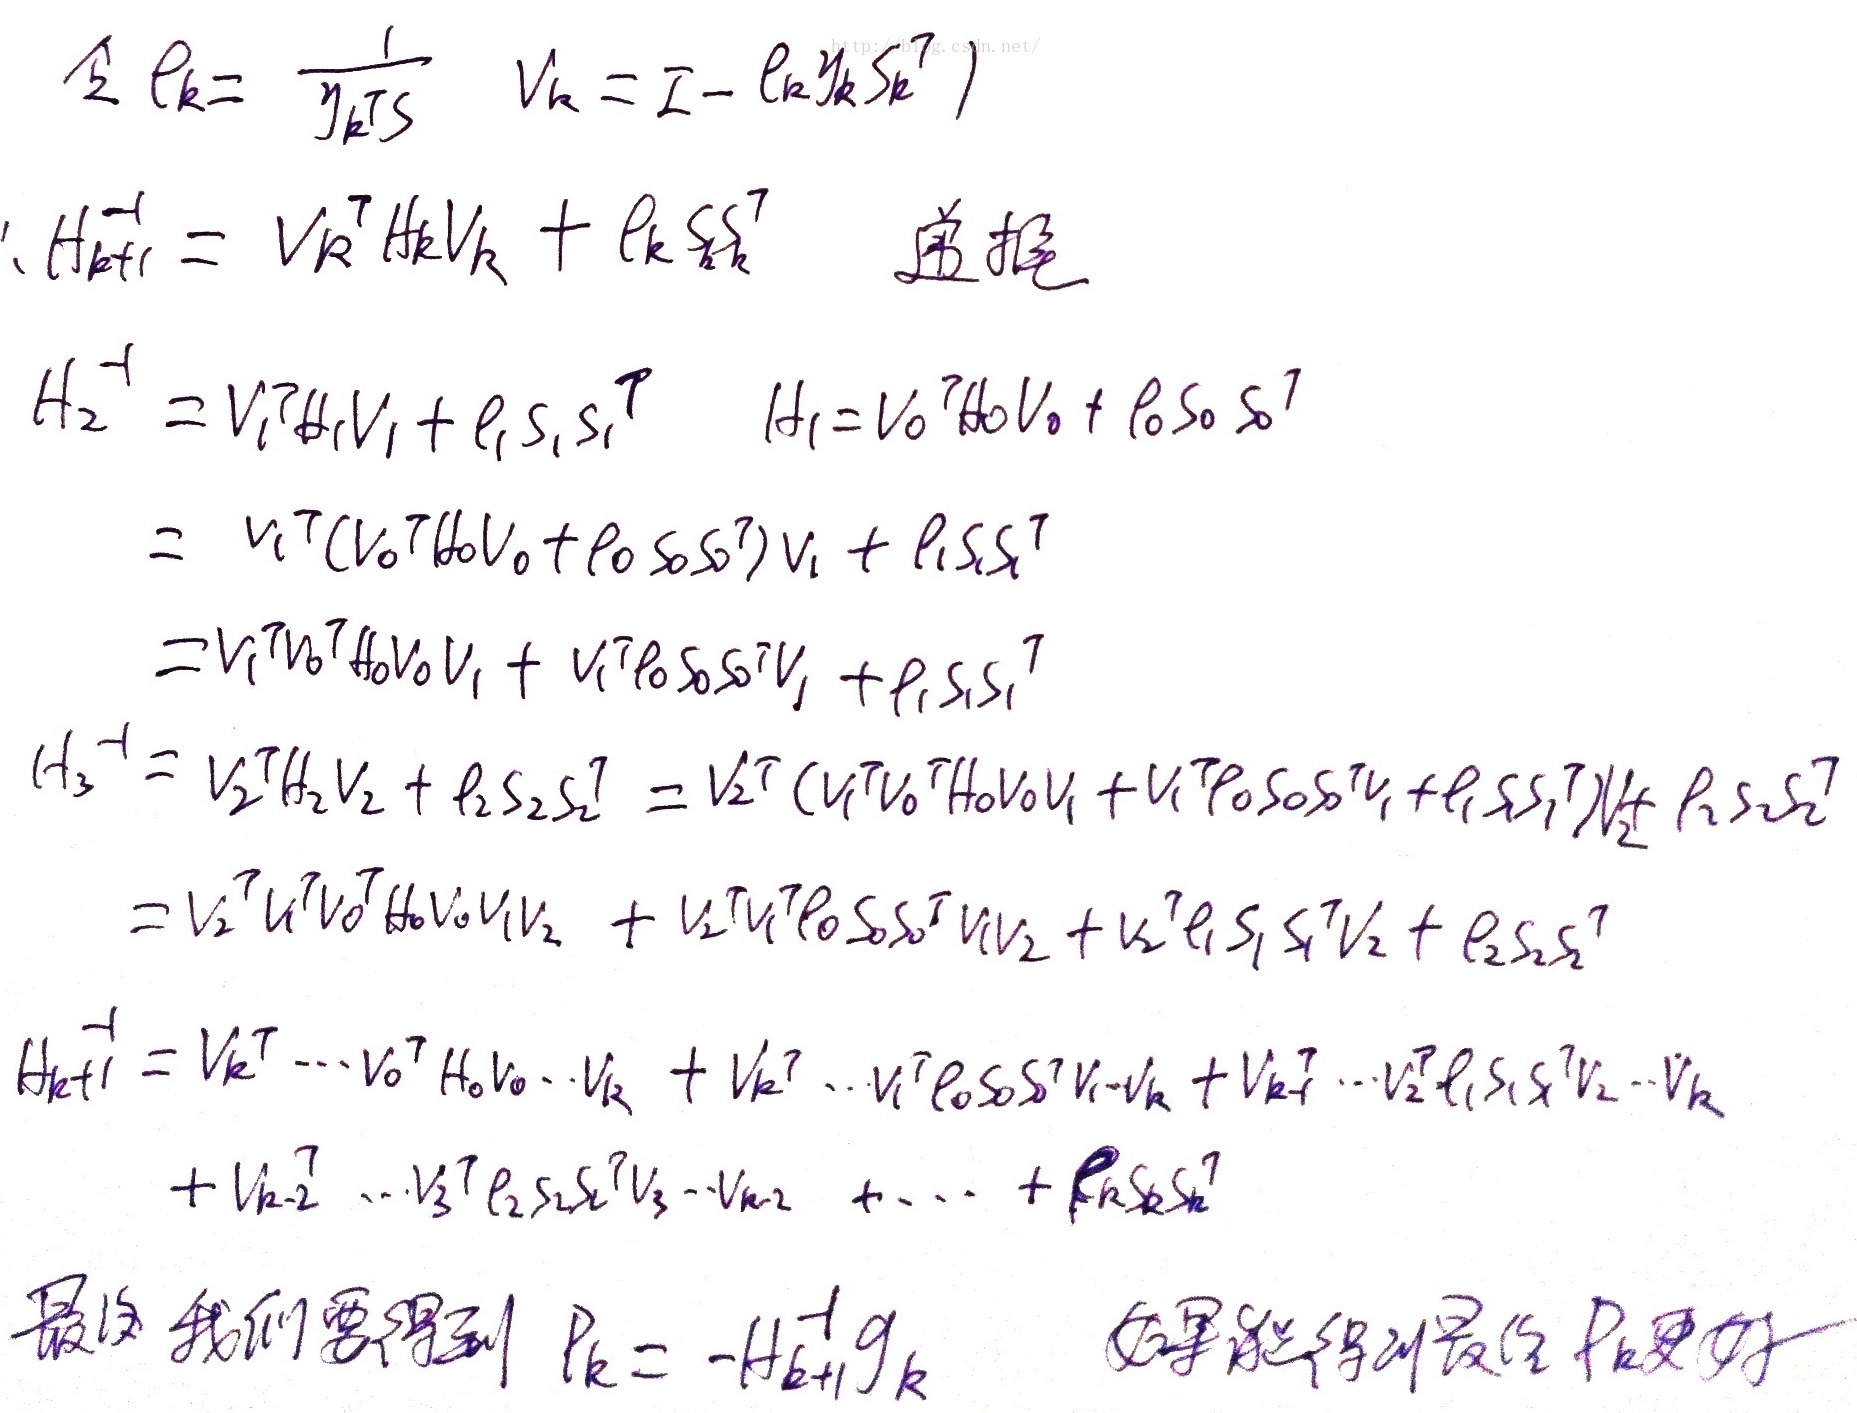
最后我们要得到 \(\rho_{k}=-H_{k + 1}^{-1}g_{k}\)，如果能得到最终 \(\rho_{k}\) 更好。
\[
\begin{align*}
\rho_{k}&=\frac{1}{y_{k}^{\top}S}\\
V_{k}&=I - \rho_{k}y_{k}S_{k}^{\top}\\
H_{k + 1}^{-1}&=V_{k}^{\top}H_{k}V_{k}+\rho_{k}S_{k}S_{k}^{\top}\quad \text{(递推)}\\
H_{2}^{-1}&=V_{1}^{\top}H_{1}V_{1}+\rho_{1}S_{1}S_{1}^{\top}, \quad H_{1}=V_{0}^{\top}H_{0}V_{0}+\rho_{0}S_{0}S_{0}^{\top}\\
&=V_{1}^{\top}(V_{0}^{\top}H_{0}V_{0}+\rho_{0}S_{0}S_{0}^{\top})V_{1}+\rho_{1}S_{1}S_{1}^{\top}\\
&=V_{1}^{\top}V_{0}^{\top}H_{0}V_{0}V_{1}+V_{1}^{\top}\rho_{0}S_{0}S_{0}^{\top}V_{1}+\rho_{1}S_{1}S_{1}^{\top}\\
H_{3}^{-1}&=V_{2}^{\top}H_{2}V_{2}+\rho_{2}S_{2}S_{2}^{\top}=V_{2}^{\top}(V_{1}^{\top}V_{0}^{\top}H_{0}V_{0}V_{1}+V_{1}^{\top}\rho_{0}S_{0}S_{0}^{\top}V_{1}+\rho_{1}S_{1}S_{1}^{\top})V_{2}+\rho_{2}S_{2}S_{2}^{\top}\\
&=V_{2}^{\top}V_{1}^{\top}V_{0}^{\top}H_{0}V_{0}V_{1}V_{2}+V_{2}^{\top}V_{1}^{\top}\rho_{0}S_{0}S_{0}^{\top}V_{1}V_{2}+V_{2}^{\top}\rho_{1}S_{1}S_{1}^{\top}V_{2}+\rho_{2}S_{2}S_{2}^{\top}\\
H_{k + 1}^{-1}&=V_{k}^{\top}\cdots V_{0}^{\top}H_{0}V_{0}\cdots V_{k}+V_{k}^{\top}\cdots V_{1}^{\top}\rho_{0}S_{0}S_{0}^{\top}V_{1}\cdots V_{k}+V_{k}^{\top}\cdots V_{2}^{\top}\rho_{1}S_{1}S_{1}^{\top}V_{2}\cdots V_{k}\\
&+V_{k - 2}^{\top}\cdots V_{3}^{\top}\rho_{2}S_{2}S_{2}^{\top}V_{3}\cdots V_{k - 2}+\cdots+\rho_{k}S_{k}S_{k}^{\top}
\end{align*}
\]